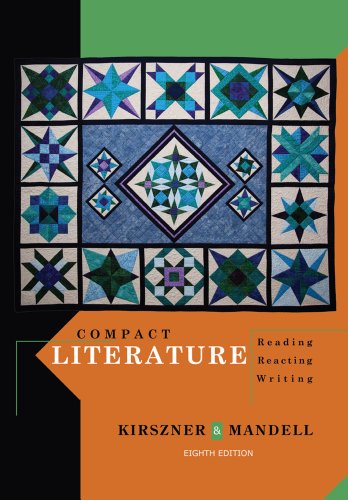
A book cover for Compact Literature: Reading, Reacting, Writing; Laurie G. Kirszner; Literature & Fiction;